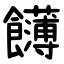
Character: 䭦